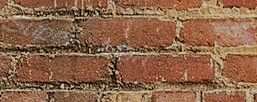
Super Mart